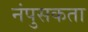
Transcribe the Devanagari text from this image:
नंपुसकता